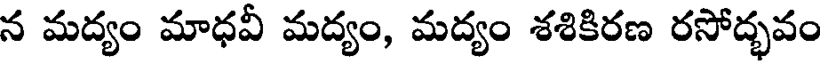
న మద్యం మాధవీ మద్యం, మద్యం శశికిరణ రసోద్భవం